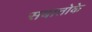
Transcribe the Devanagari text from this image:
सबातोके